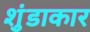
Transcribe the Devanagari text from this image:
शुंडाकार